Vaccine operations Central Provinces & Berar 1912-1920 - 1912-1920
Year: 1912
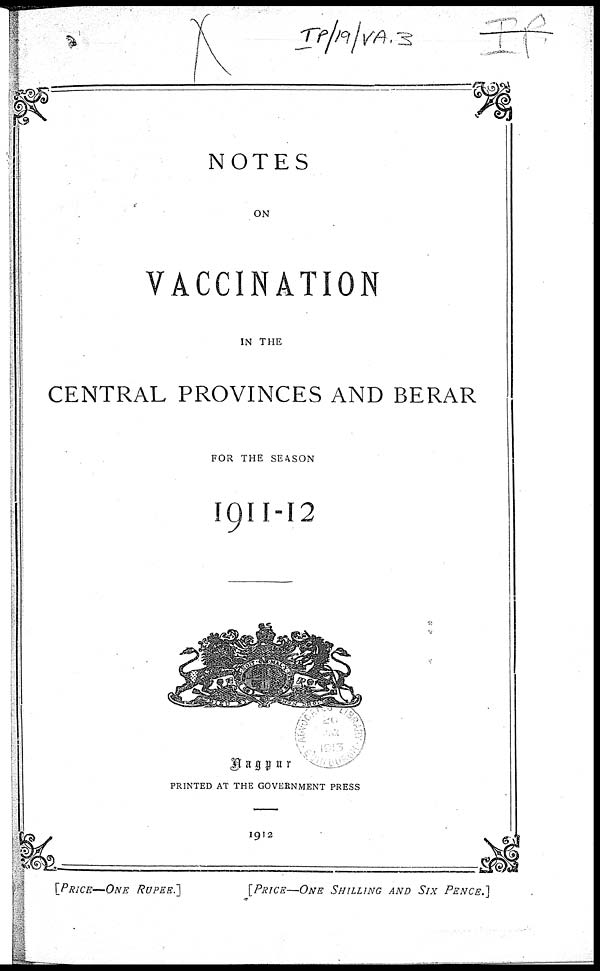
NOTES
ON
VACCINATION
IN THE
CENTRAL PROVINCES AND BERAR
FOR THE SEASON
1911-12
Nagpur
PRINTED AT THE GOVERNMENT PRESS
1912
[PRICE—ONE RUPEE.]
[PRICE—ONE SHILLING AND SIX PENCE.]